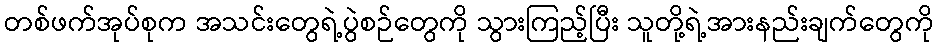
တစ်ဖက်အုပ်စုက အသင်းတွေရဲ့ပွဲစဉ်တွေကို သွားကြည့်ပြီး သူတို့ရဲ့အားနည်းချက်တွေကို